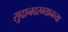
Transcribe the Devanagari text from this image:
सुदानदरम्यानच्या